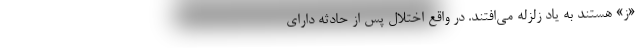
«ز» هستند به یاد زلزله می‌افتند. در واقع اختلال پس از حادثه دارای